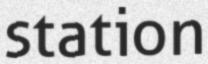
station